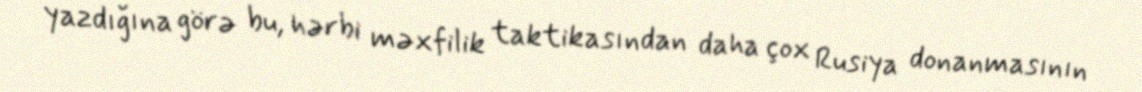
yazdığına görə bu, hərbi məxfilik taktikasından daha çox Rusiya donanmasının